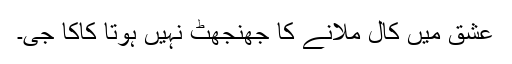
عشق میں کال ملانے کا جھنجھٹ نہیں ہوتا کاکا جی۔